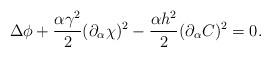
LaTeX: \begin{align*}\Delta \phi +\frac{\alpha \gamma ^{2}}{2}(\partial _{\alpha} \chi )^{2}-\frac{\alpha h^{2}}{2}(\partial _{\alpha} C )^{2}=0. \end{align*}